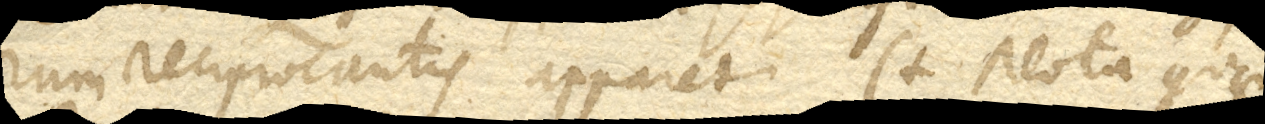
rum reciprocantis apparet. (+ Nota quae